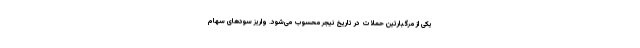
یکی از مرگبارتین حملات در تاریخ نیجر محسوب می‌شود. واریز سودهای سهام